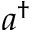
a ^ { \dagger }